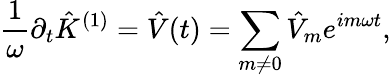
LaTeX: \frac{1}{\omega}\partial_{t}\hat{K}^{(1)}=\hat{V}(t)=\sum_{m\neq 0}\hat{V}_{m}e^{im\omega t},